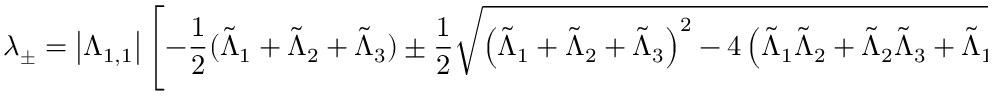
\lambda _ { \pm } = \left| \Lambda _ { 1 , 1 } \right| \left[ - \frac { 1 } { 2 } ( \tilde { \Lambda } _ { 1 } + \tilde { \Lambda } _ { 2 } + \tilde { \Lambda } _ { 3 } ) \pm \frac { 1 } { 2 } \sqrt { \left( \tilde { \Lambda } _ { 1 } + \tilde { \Lambda } _ { 2 } + \tilde { \Lambda } _ { 3 } \right) ^ { 2 } - 4 \left( \tilde { \Lambda } _ { 1 } \tilde { \Lambda } _ { 2 } + \tilde { \Lambda } _ { 2 } \tilde { \Lambda } _ { 3 } + \tilde { \Lambda } _ { 1 } \tilde { \Lambda } _ { 3 } \right) } \right] .